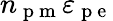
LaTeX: n_{\mathrm{~p~m~}}\varepsilon_{\mathrm{~p~e~}}